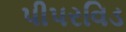
પીપરવિડ